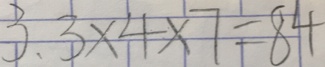
3 . 3 \times 4 \times 7 = 8 4